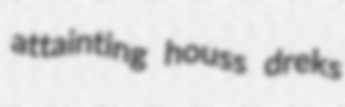
attainting houss dreks